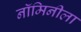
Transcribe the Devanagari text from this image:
नॉमिनीला